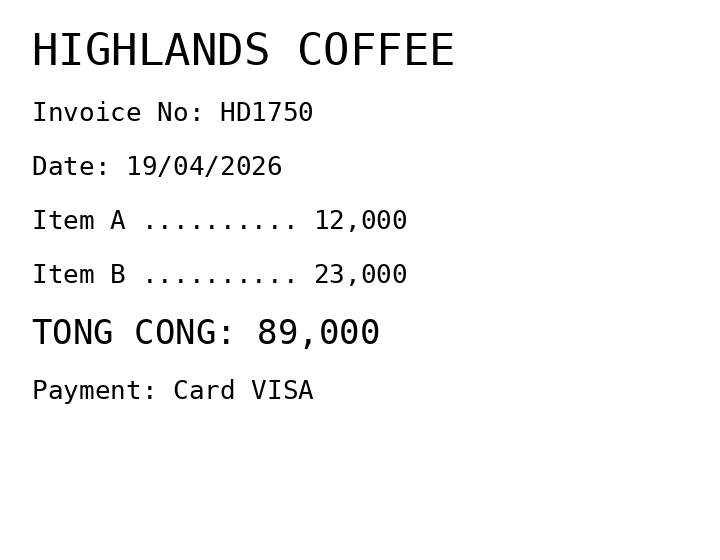
HIGHLANDS COFFEE
Invoice No: HD1750
Date: 19/04/2026
Item A .......... 12,000
Item B .......... 23,000
TONG CONG: 89,000
Payment: Card VISA
Merchant: highlands coffee
Date: 2026-04-19
Total: 89000
Invoice No: HD1750
Payment method: CARD